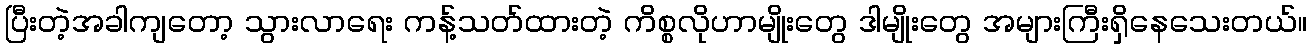
ပြီးတဲ့အခါကျတော့ သွားလာရေး ကန့်သတ်ထားတဲ့ ကိစ္စလိုဟာမျိုးတွေ ဒါမျိုးတွေ အများကြီးရှိနေသေးတယ်။